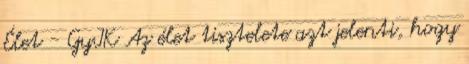
Élet - GyIK Az élet tisztelete azt jelenti, hogy